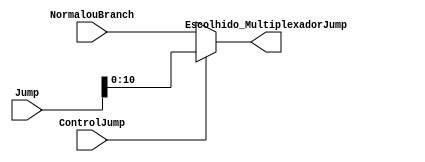
module MultiplexadorJump(
	input [10:0] NormalouBranch, 
	input [31:0] Jump,
	input ControlJump,
	output [10:0] Escolhido_MultiplexadorJump
);
	
	reg [10:0] escolhido;
	
	always @(*) begin
	
		if(ControlJump == 1) begin
			escolhido = Jump[10:0];
		end
		
		else begin
			escolhido = NormalouBranch;
		end
		
	end
	
	assign Escolhido_MultiplexadorJump = escolhido;
	
endmodule